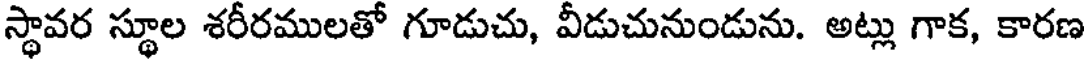
స్థావర స్థూల శరీరములతో గూడుచు, వీడుచునుండును. అట్లు గాక, కారణ